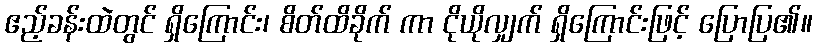
ဧည့်ခန်းထဲတွင် ရှိကြောင်း၊ စိတ်ထိခိုက် ကာ ငိုယိုလျှက် ရှိကြောင်းဖြင့် ပြောပြ၏။